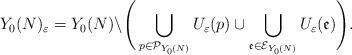
LaTeX: \begin{align*}Y_{0}(N)_{\varepsilon}= Y_{0}(N)\backslash\Bigg(\bigcup_{p\in\mathcal{P}_{Y_{0}(N)}}U_{\varepsilon}(p)\cup \bigcup_{\mathfrak{e}\in \mathcal{E}_{Y_{0}(N)}}U_{\varepsilon}(\mathfrak{e})\Bigg).\end{align*}